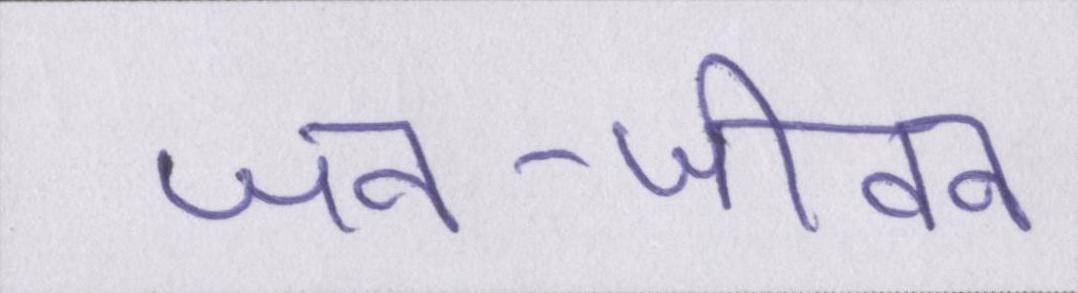
जन-जीवन